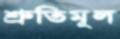
শ্রুতিমূল